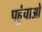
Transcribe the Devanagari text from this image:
पहुंचाओ